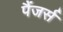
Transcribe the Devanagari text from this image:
पैंजर्स